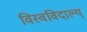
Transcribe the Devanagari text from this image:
विस्वविदाल्य्